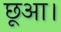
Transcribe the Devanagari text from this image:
छूआ।